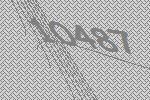
10487